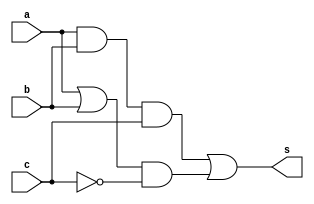
// ------------------------- 
// Exemplo0032 - F4 
// Nome: Camila Guedes Silveira
// ------------------------- 

// ------------------------- 
// f4_gate 
// ------------------------- 

module f4 (output [3:0] s, input [3:0] a, input [3:0] b, input[3:0]c); 
	// --descrever por portas 
	assign s = ((a & b) & c) | ((a | b) & ~c);
	
endmodule // f4 

module test_f4; 
	// ------------------------- definir dados 
	reg [3:0] x; 
	reg [3:0] y; 
	reg [3:0] z;
	wire [3:0] r; 
	
	f4 modulo (r, z, x, y); 
	
	// ------------------------- parte principal 
		initial begin 
		
		$display("Exemplo0032 - Camila Guedes Silveira - 427393"); 
		$display("Test LU's module"); 
		
		x = 4'b0011; y = 4'b0101; z = 0;
		
		// --projetar testes do modulo 
		#1 $display("\n%3b  %3b = %3b",x,y,r); 
		
	end
endmodule // test_f4